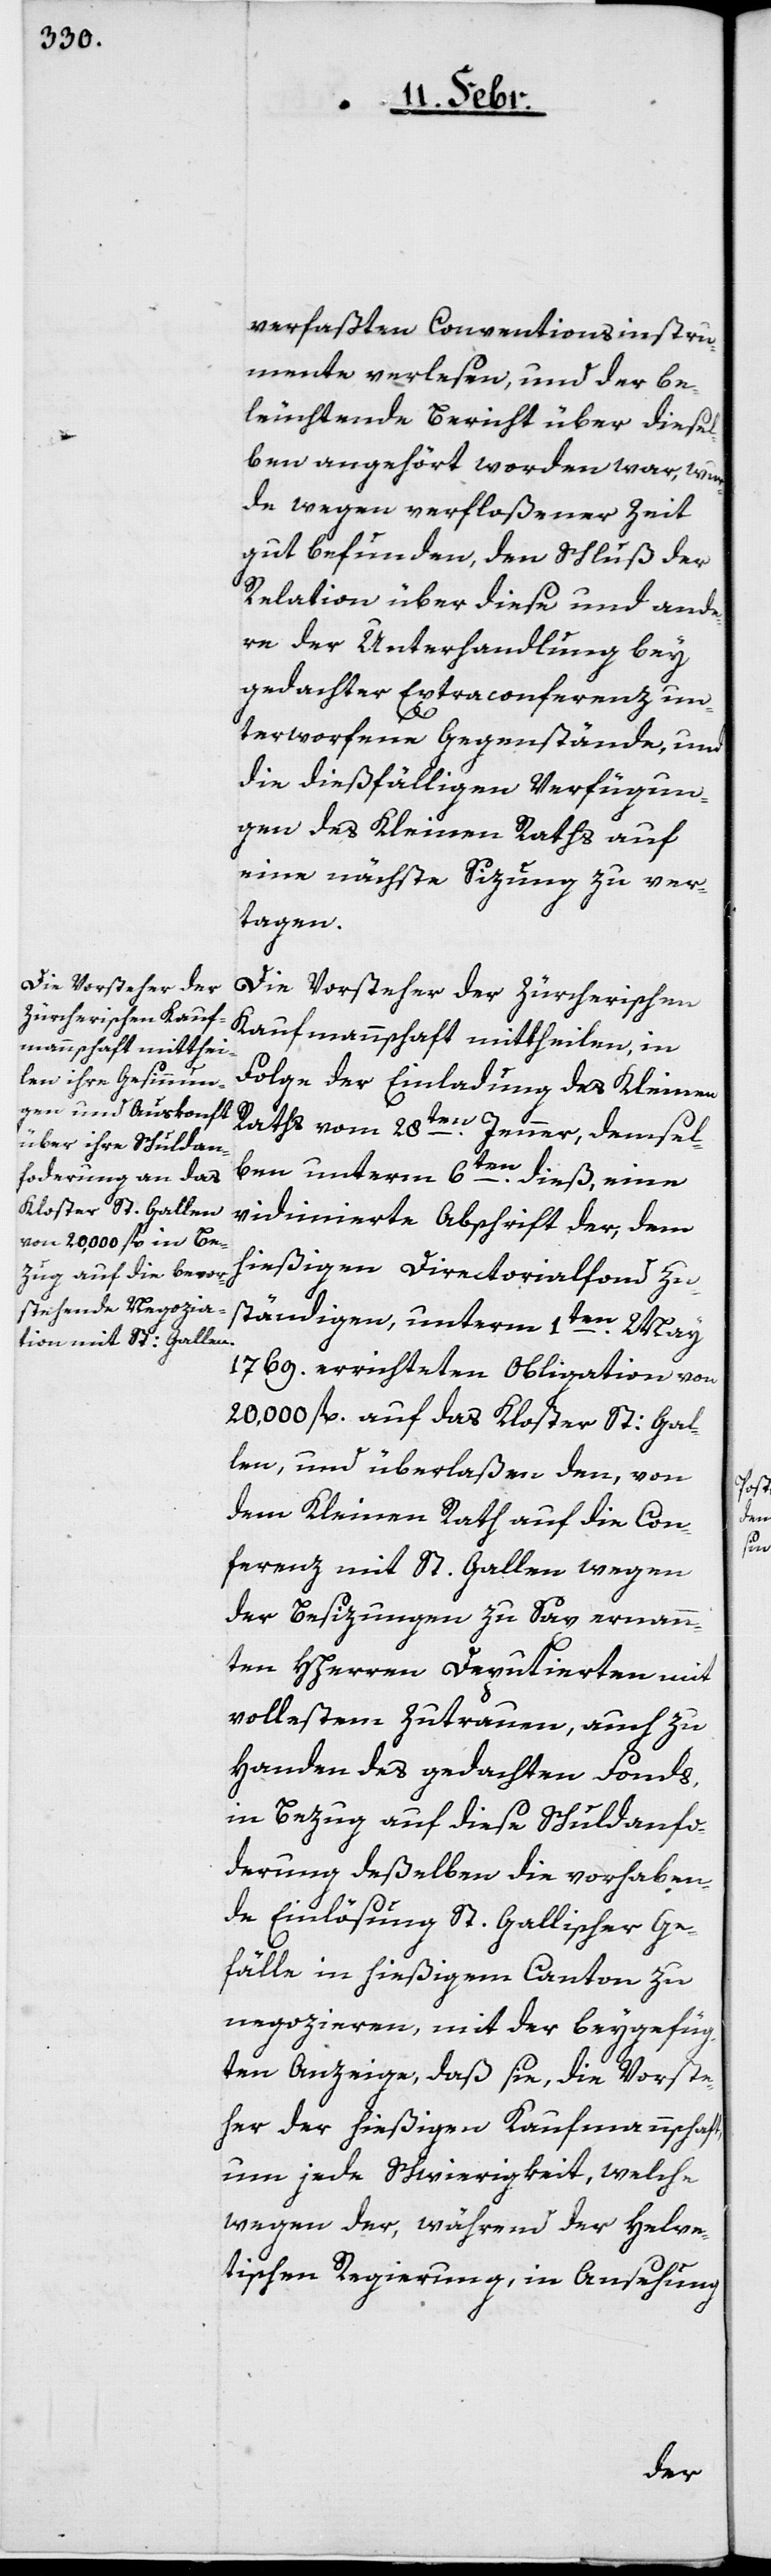
verfaßten Conventionsinstru¬
mente verlesen, und der be¬
leuchtende Bericht über diesel¬
ben angehört worden war, wur¬
de wegen verfloßener Zeit
gut befunden, den Schluß der
Relation über diese und ande¬
re der Unterhandlung bey
gedachter Extraconferenz un¬
terworfene Gegenstände, und
die dießfälligen Verfügun¬
gen des Kleinen Raths auf
eine nächste Sizung zu ver¬
tagen.
Die Vorsteher der Zürcherischen
Kaufmannschaft mittheilen, in
Folge der Einladung des Kleinen
Raths vom 28ten. Jenner, demsel¬
ben unterm 6ten. dieß, eine
vidimierte Abschrift der dem
hießigen Directorialfonds zu¬
ständigen, unterm 1ten. May
1769. errichteten Obligation von
20,000 fl. auf das Kloster St: Gal¬
len, und überlaßen den, von
dem Kleinen Rath auf die Con¬
ferenz mit St. Gallen wegen
der Besizungen zu Sax ernann¬
ten HHerren Deputierten mit
vollestem Zutrauen, auch zu
Handen des gedachten Fonds,
in Bezug auf diese Schuldanfor¬
derung deßelben die vorhaben¬
de Einlösung St. Gallischer Ge¬
fälle in hießigem Canton zu
negozieren, mit der beygefüg¬
ten Anzeige, daß sie, die Vorste¬
her der hießigen Kaufmannschaft,
um jede Schwierigkeit, welche
wegen der, während der Helve¬
tischen Regierung, in Ansehung